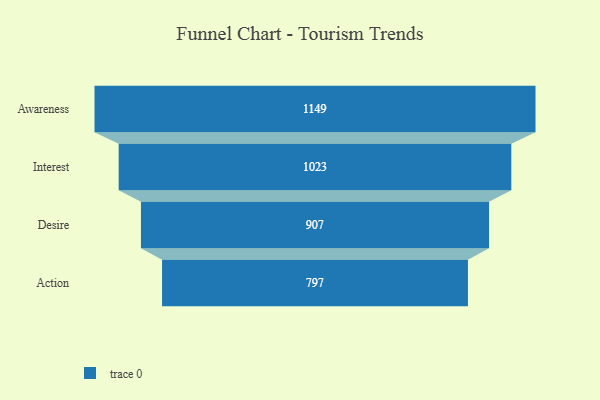
{"axis": {"x": "Stage", "y": "Value"}, "legend": [""], "data": [{"x": "Awareness", "y": 1149.0, "type": ""}, {"x": "Interest", "y": 1023.0, "type": ""}, {"x": "Desire", "y": 907.0, "type": ""}, {"x": "Action", "y": 797.0, "type": ""}]}